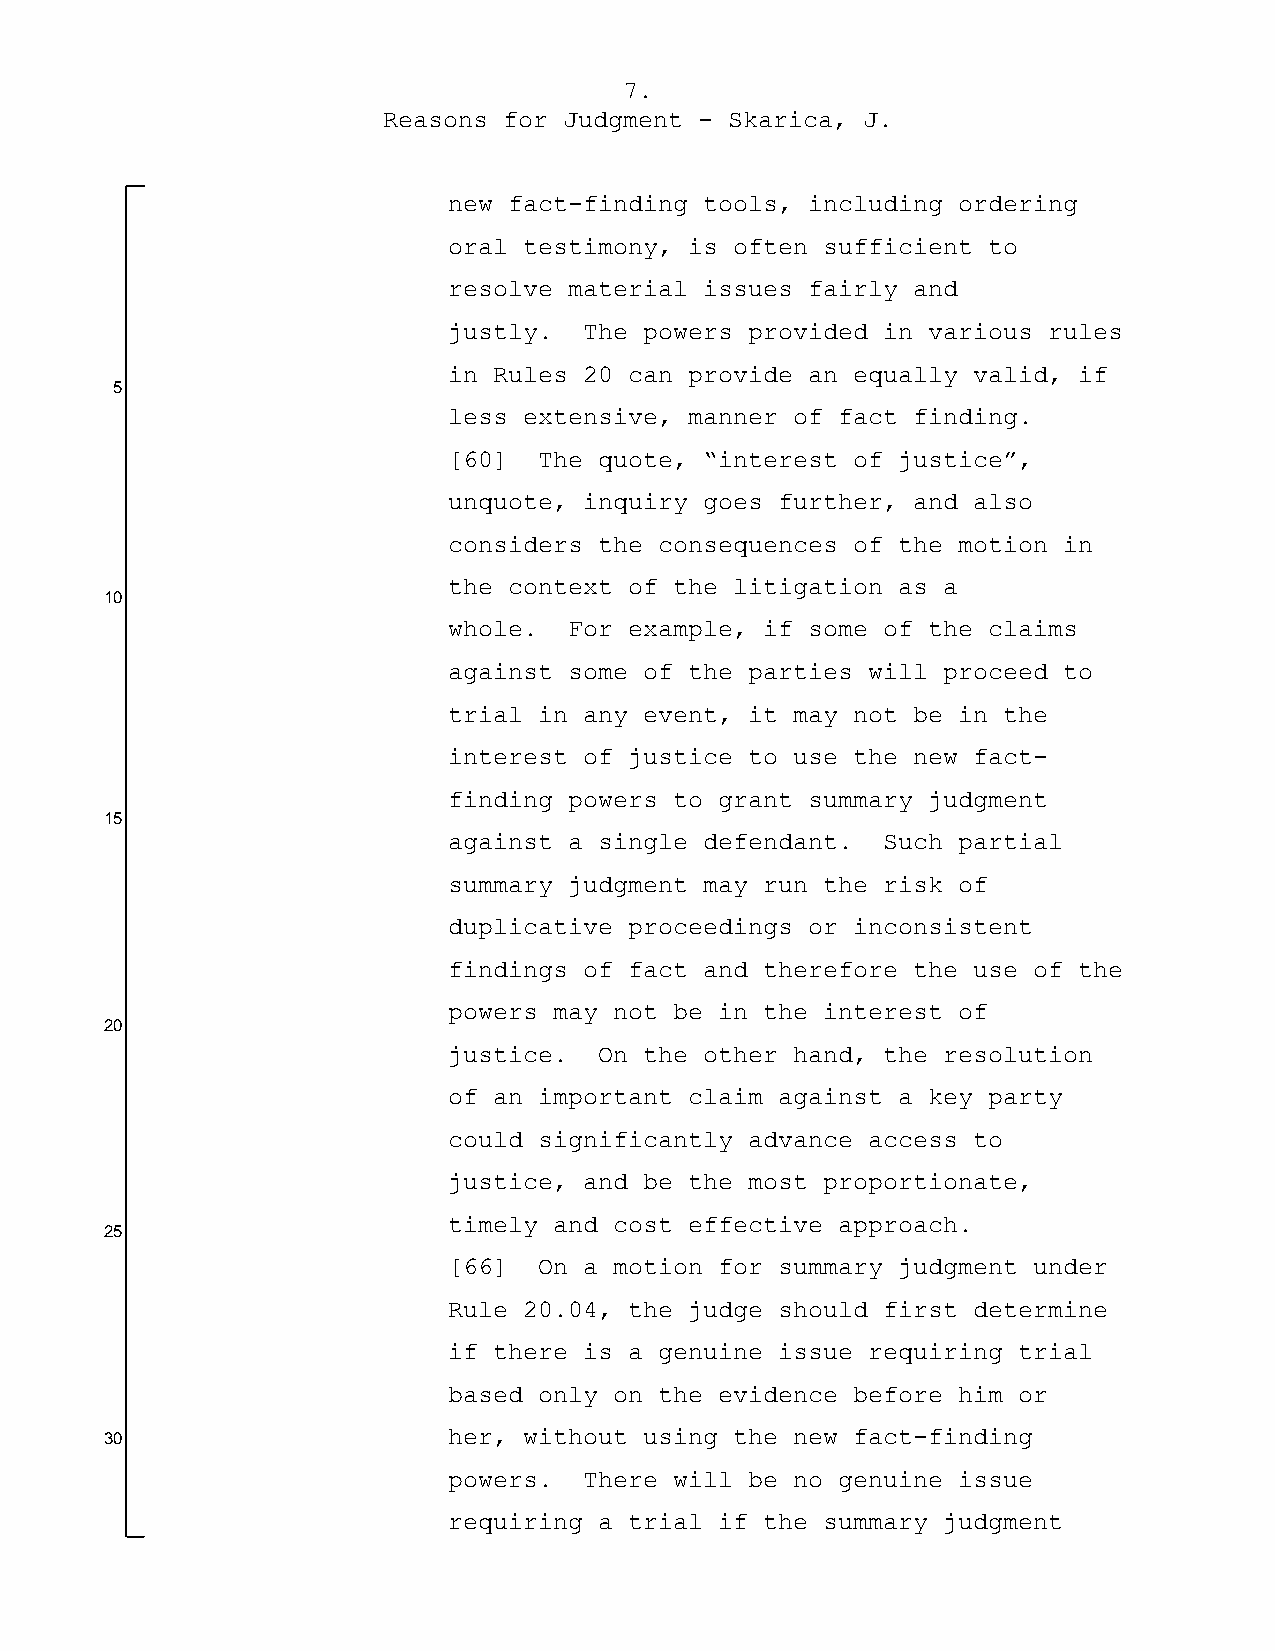
7.
 Reasons for Judgment - Skarica, J.
 new fact-finding tools, including ordering
 oral testimony, is often sufficient to
 resolve material issues fairly and
 justly.  The powers provided in various rules
 in Rules 20 can provide an equally valid, if
 5
 less extensive, manner of fact finding.
 [60]  The quote, “interest of justice”,
 unquote, inquiry goes further, and also
 considers the consequences of the motion in
 the context of the litigation as a
 10
 whole.  For example, if some of the claims
 against some of the parties will proceed to
 trial in any event, it may not be in the
 interest of justice to use the new fact-
 finding powers to grant summary judgment
 15
 against a single defendant. Such partial
 summary judgment may run the risk of
 duplicative proceedings or inconsistent
 findings of fact and therefore the use of the
 powers may not be in the interest of
 20
 justice.  On the other hand, the resolution
 of an important claim against a key party
 could significantly advance access to
 justice, and be the most proportionate,
 timely and cost effective approach.
 25
 [66]  On a motion for summary judgment under
 Rule 20.04, the judge should first determine
 if there is a genuine issue requiring trial
 based only on the evidence before him or
 her, without using the new fact-finding
 30
 powers.  There will be no genuine issue
 requiring a trial if the summary judgment